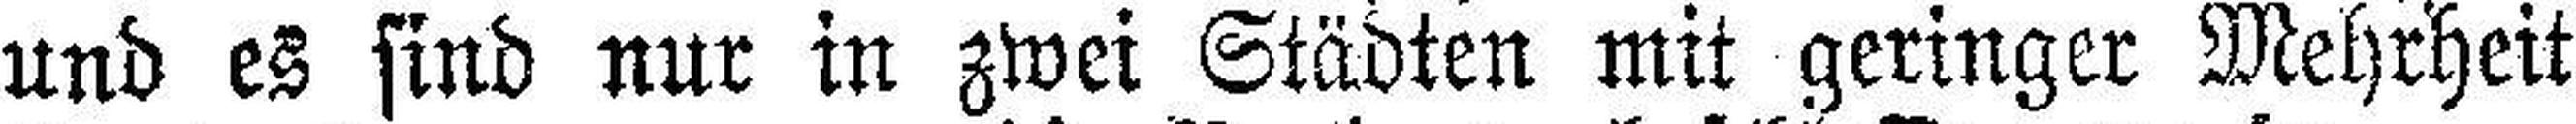
und es sind nur in zwei Städten mit geringer Mehrheit